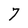
Character: 7